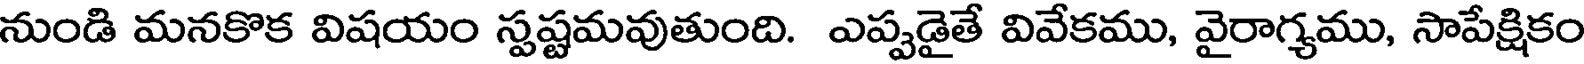
నుండి మనకొక విషయం స్పష్టమవుతుంది. ఎప్పడైతే వివేకము, వైరాగ్యము, సాపేక్షికం